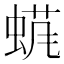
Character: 𱿬